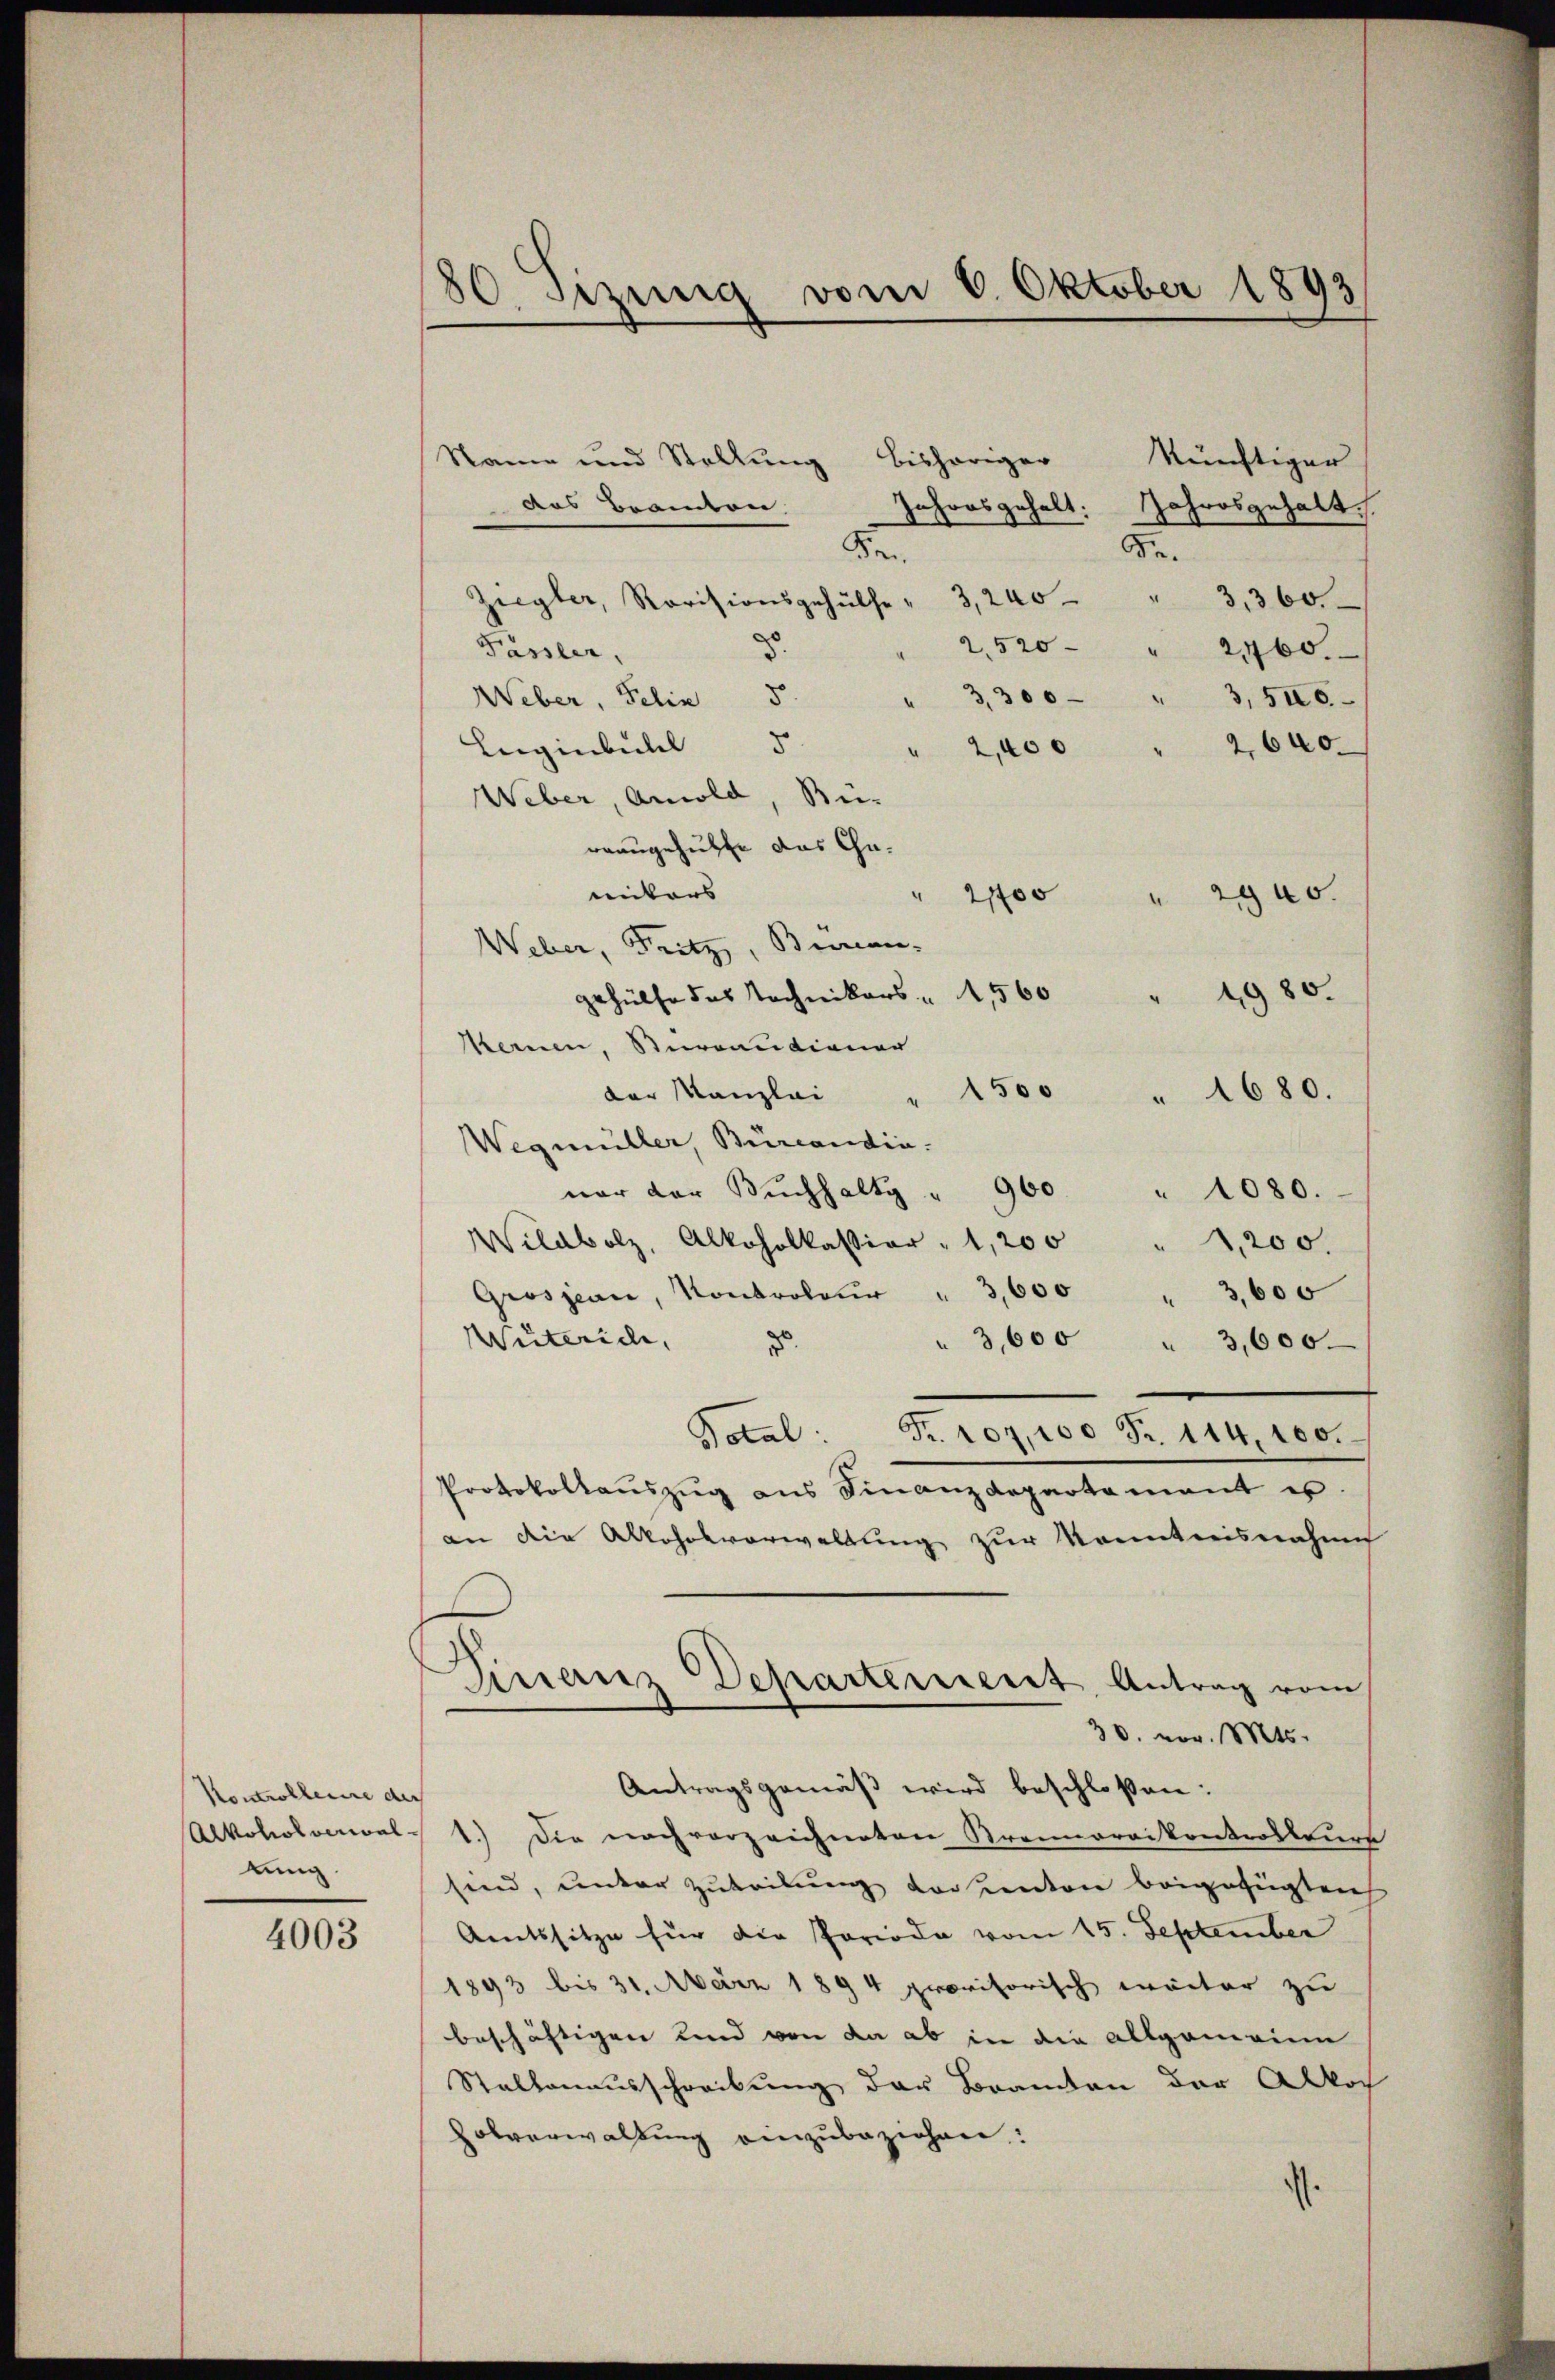
Kontrollence der
tung.

4003

80 Sizung vom 6. Oktober 1893

Name und Stellung bishöriger künftiger
 aus Beamten
Fr.
Ziegler, Revisionsgehülfe " 3, 240 " " 3,360.
2,520 "
Fässler,
2760.
5.
3,300 " 3, 546.
Weber, Felin
Luginbuchel 5
2,640
" 2,400
Weber, Arnold, Bü-
rrangehülfe das Cha-
entars
" 2700 " 2900.
Weber, Fritz, Bureau-
gehülfe des Technikers " 1560 " 1980.
Mennen, Stereaudiener
der Kanzlei
1500 " 1680.
Wegmüller, Burcandia.
nor der Bŭchhaltg " 900 " 1080.
Wildbolz, Alkoholkassion " 1,200 " 4,200.
Grosjean, Kontroleŭr " 3,600 " 3,600
Wuterich,
3,600 " 3,600.
.
Total: Fr. 107,100 Fr. 114,100.
Protokollaŭszŭg ans Finanzdepartement u.
an die Allohnsverwaltung zur Kenntnisnahme
Finanz Departement Antrag vom
30. vor. Mts.
Antragsgemäß wird beschloßen:
Alkoholocal 1.) Die nach vorzeichneten Kremnorrikontrolleurs
sind, unter Zuteilung vor einten beigefügten
Amtssitze für die Periode vom 15. September
1893 bis 31. März 1894 provisorisch weiter zu
beschäftigen und von da ab in die allgemeinn
Stallenausschreibung der Bramten der Alkoh
Volverwaltung einzubeziehen:
.

Jahresgehalt: Jahresgehalt
Dr.